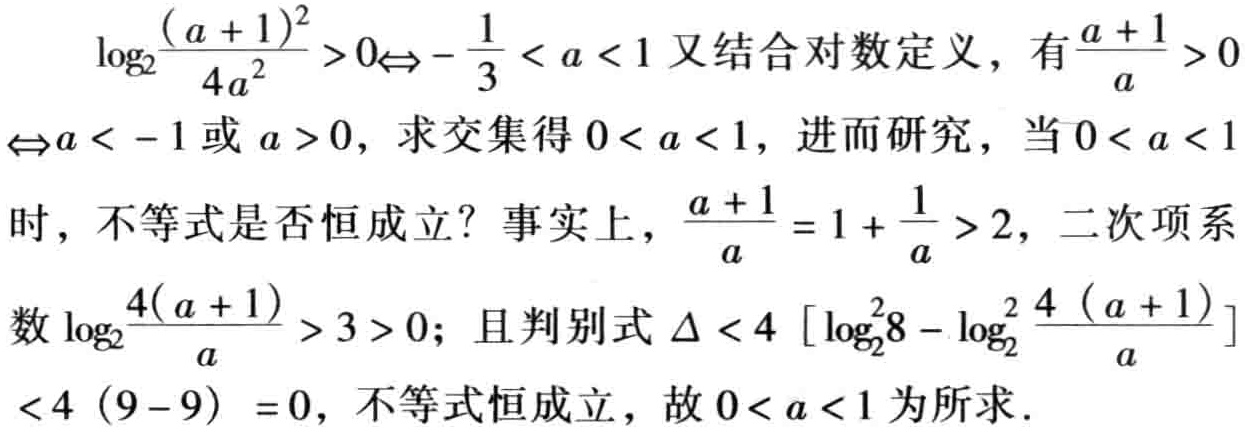
\[\begin{align*}
&\log_{2}\frac{(a + 1)^{2}}{4a^{2}}>0\Leftrightarrow-\frac{1}{3}<a<1\text{ 又结合对数定义，有 }\frac{a + 1}{a}>0\\
&\Leftrightarrow a < - 1\text{ 或 }a > 0\text{，求交集得 }0<a<1\text{，进而研究，当 }0 < a < 1\\
&\text{时，不等式是否恒成立？事实上，}\frac{a + 1}{a}=1+\frac{1}{a}>2\text{，二次项系}\\
&\text{数 }\log_{2}\frac{4(a + 1)}{a}>3>0\text{；且判别式 }\Delta<4\left[\log_{2}^{2}8-\log_{2}^{2}\frac{4(a + 1)}{a}\right]\\
&<4(9 - 9)=0\text{，不等式恒成立，故 }0 < a < 1\text{ 为所求}.
\end{align*}\]